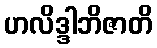
ဟလိဒ္ဒါဘိဇာတိ